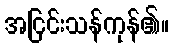
အငြင်းသန်ကုန်၏။